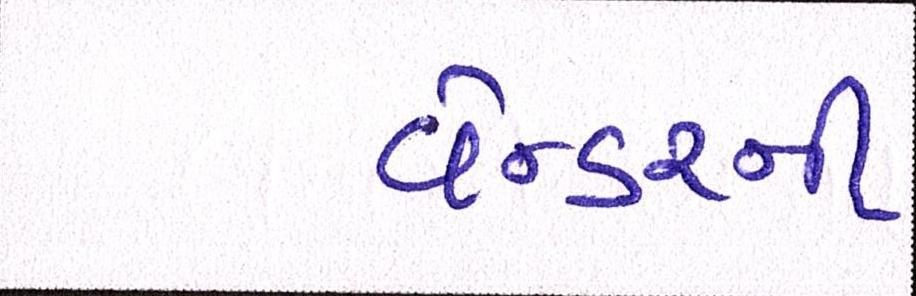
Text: વેન્ડરની